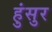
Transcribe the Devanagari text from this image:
हुंसुर